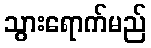
သွားရောက်မည်